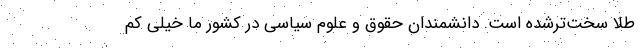
طلا سخت‌ترشده است. دانشمندان حقوق و علوم سیاسی در کشور ما خیلی کم